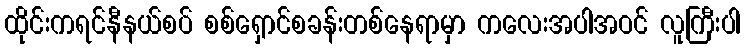
ထိုင်းကရင်နီနယ်စပ် စစ်ရှောင်စခန်းတစ်နေရာမှာ ကလေးအပါအဝင် လူကြီးပါ